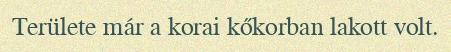
Területe már a korai kőkorban lakott volt.